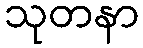
သုတနာ